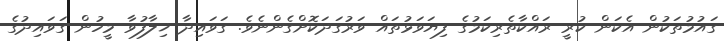
ގައުމުތަކުން އެކަން ކުރީ ރައްކާތެރިކަމުގެ ފިޔަވަޅުތައް ވަރުގަދަކޮށްގެންނެވެ. ގަވައިދާ ޚިލާފުވާ މީހުން ގަވައިދުގެ